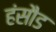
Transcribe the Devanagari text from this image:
हंसौड